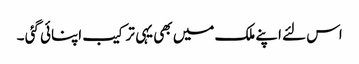
اس لئے اپنے ملک میں بھی یہی ترکیب اپنائی گئی ۔